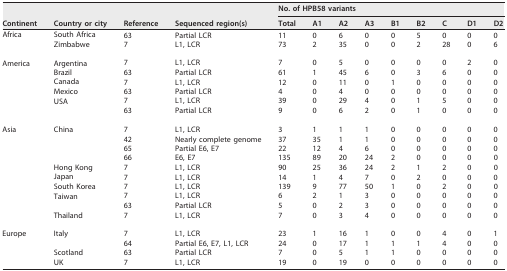
<table><thead><tr><td rowspan="2"><b>Continent</b></td><td rowspan="2"><b>Country or city</b></td><td rowspan="2"><b>Reference</b></td><td rowspan="2"><b>Sequenced region(s)</b></td><td colspan="9"><b>No. of HPB58 variants</b></td></tr><tr><td><b>Total</b></td><td><b>A1</b></td><td><b>A2</b></td><td><b>A3</b></td><td><b>B1</b></td><td><b>B2</b></td><td><b>C</b></td><td><b>D1</b></td><td><b>D2</b></td></tr></thead><tbody><tr><td>Africa</td><td>South Africa</td><td>63</td><td>Partial LCR</td><td>11</td><td>0</td><td>6</td><td>0</td><td>0</td><td>5</td><td>0</td><td>0</td><td>0</td></tr><tr><td></td><td>Zimbabwe</td><td>7</td><td>L1, LCR</td><td>73</td><td>2</td><td>35</td><td>0</td><td>0</td><td>2</td><td>28</td><td>0</td><td>6</td></tr><tr><td>America</td><td>Argentina</td><td>7</td><td>L1, LCR</td><td>7</td><td>0</td><td>5</td><td>0</td><td>0</td><td>0</td><td>0</td><td>2</td><td>0</td></tr><tr><td></td><td>Brazil</td><td>63</td><td>Partial LCR</td><td>61</td><td>1</td><td>45</td><td>6</td><td>0</td><td>3</td><td>6</td><td>0</td><td>0</td></tr><tr><td></td><td>Canada</td><td>7</td><td>L1, LCR</td><td>12</td><td>0</td><td>11</td><td>0</td><td>1</td><td>0</td><td>0</td><td>0</td><td>0</td></tr><tr><td></td><td>Mexico</td><td>63</td><td>Partial LCR</td><td>4</td><td>0</td><td>4</td><td>0</td><td>0</td><td>0</td><td>0</td><td>0</td><td>0</td></tr><tr><td></td><td>USA</td><td>7</td><td>L1, LCR</td><td>39</td><td>0</td><td>29</td><td>4</td><td>0</td><td>1</td><td>5</td><td>0</td><td>0</td></tr><tr><td></td><td></td><td>63</td><td>Partial LCR</td><td>9</td><td>0</td><td>6</td><td>2</td><td>0</td><td>1</td><td>0</td><td>0</td><td>0</td></tr><tr><td>Asia</td><td>China</td><td>7</td><td>L1, LCR</td><td>3</td><td>1</td><td>1</td><td>1</td><td>0</td><td>0</td><td>0</td><td>0</td><td>0</td></tr><tr><td></td><td></td><td>42</td><td>Nearly complete genome</td><td>37</td><td>35</td><td>1</td><td>1</td><td>0</td><td>0</td><td>0</td><td>0</td><td>0</td></tr><tr><td></td><td></td><td>65</td><td>Partial E6, E7</td><td>22</td><td>12</td><td>4</td><td>6</td><td>0</td><td>0</td><td>0</td><td>0</td><td>0</td></tr><tr><td></td><td></td><td>66</td><td>E6, E7</td><td>135</td><td>89</td><td>20</td><td>24</td><td>2</td><td>0</td><td>0</td><td>0</td><td>0</td></tr><tr><td></td><td>Hong Kong</td><td>7</td><td>L1, LCR</td><td>90</td><td>25</td><td>36</td><td>24</td><td>2</td><td>1</td><td>2</td><td>0</td><td>0</td></tr><tr><td></td><td>Japan</td><td>7</td><td>L1, LCR</td><td>14</td><td>1</td><td>4</td><td>7</td><td>0</td><td>2</td><td>0</td><td>0</td><td>0</td></tr><tr><td></td><td>South Korea</td><td>7</td><td>L1, LCR</td><td>139</td><td>9</td><td>77</td><td>50</td><td>1</td><td>0</td><td>2</td><td>0</td><td>0</td></tr><tr><td></td><td>Taiwan</td><td>7</td><td>L1, LCR</td><td>6</td><td>2</td><td>1</td><td>3</td><td>0</td><td>0</td><td>0</td><td>0</td><td>0</td></tr><tr><td></td><td></td><td>63</td><td>Partial LCR</td><td>5</td><td>0</td><td>2</td><td>3</td><td>0</td><td>0</td><td>0</td><td>0</td><td>0</td></tr><tr><td></td><td>Thailand</td><td>7</td><td>L1, LCR</td><td>7</td><td>0</td><td>3</td><td>4</td><td>0</td><td>0</td><td>0</td><td>0</td><td>0</td></tr><tr><td>Europe</td><td>Italy</td><td>7</td><td>L1, LCR</td><td>23</td><td>1</td><td>16</td><td>1</td><td>0</td><td>0</td><td>4</td><td>0</td><td>1</td></tr><tr><td></td><td></td><td>64</td><td>Partial E6, E7, L1, LCR</td><td>24</td><td>0</td><td>17</td><td>1</td><td>1</td><td>1</td><td>4</td><td>0</td><td>0</td></tr><tr><td></td><td>Scotland</td><td>63</td><td>Partial LCR</td><td>7</td><td>0</td><td>5</td><td>1</td><td>1</td><td>0</td><td>0</td><td>0</td><td>0</td></tr><tr><td></td><td>UK</td><td>7</td><td>L1, LCR</td><td>19</td><td>0</td><td>19</td><td>0</td><td>0</td><td>0</td><td>0</td><td>0</td><td>0</td></tr></tbody></table>